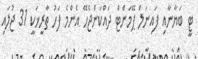
ޓީ ބަޔާނާއި ފައިނަލް ޕޭމަންޓް ދައްކަންޖެހޭ އެންމެ ފަހު ތާރީޚަކީ 31 ޖުލައި